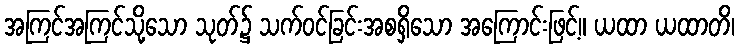
အကြင်အကြင်သို့သော သုတ်၌ သက်ဝင်ခြင်းအစရှိသော အကြောင်းဖြင့်။ ယထာ ယထာတိ၊